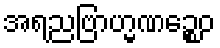
အရညဗြာဟ္မဏဉ္စေဝ